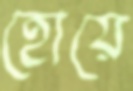
হোয়ে